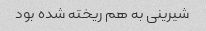
شیرینی به هم ریخته شده بود